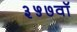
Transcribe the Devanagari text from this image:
३५७वॉ